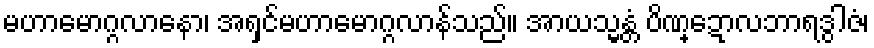
မဟာမောဂ္ဂလာနော၊ အရှင်မဟာမောဂ္ဂလာန်သည်။ အာယသ္မန္တံ ပိဏ္ဍောလဘာရဒွါဇံ၊